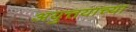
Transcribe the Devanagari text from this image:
अयुत्तयाच्या